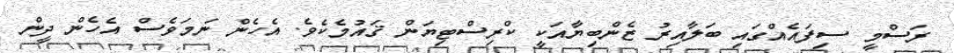
ރަސްމީ ސިފައެއްގައި ބަލާއިރު ޒެންބިޔާއަކީ ކްރިސްޓިޔަން ޤައުމެކެވެ. އެހެން ނަމަވެސް އެހެން ދީން